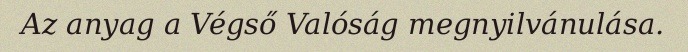
Az anyag a Végső Valóság megnyilvánulása.